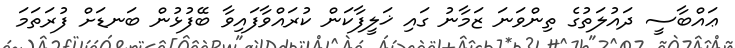
ޢައްބާސީ ދައުލަތުގެ ތިންވަނަ ޒަމާނު ގައި ޚަލީފާކަން ކުރައްވާފައިވާ ބޭފުޅުން ބަނޑަށް ފުރަތަމަ